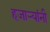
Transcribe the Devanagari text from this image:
हजार्‍यांनी